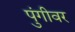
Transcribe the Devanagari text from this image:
पुंगीवर